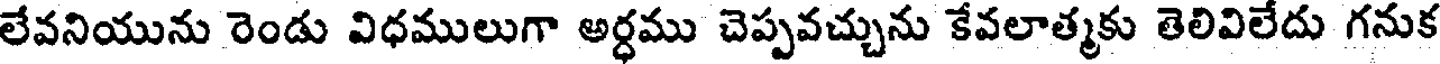
లేవనియును రెండు విధములుగా అర్ధము చెప్పవచ్చును కేవలాత్మకు తెలివిలేదు గనుక